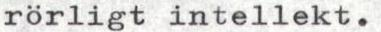
rörligt intellekt.